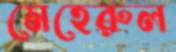
মেহেরুল